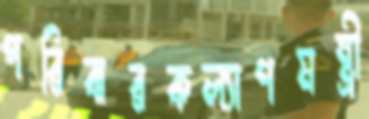
পরিবারকল্যাণমন্ত্রী